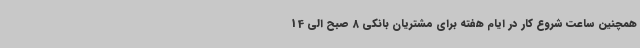
همچنین ساعت شروع کار در ایام هفته برای مشتریان بانکی 8 صبح الی 14